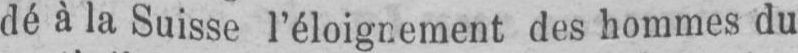
dé à la Suisse l’éloignement des hommes du